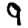
Digit: 9